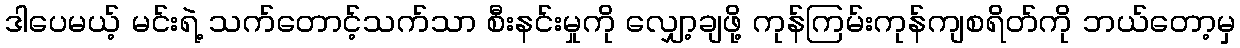
ဒါပေမယ့် မင်းရဲ့ သက်တောင့်သက်သာ စီးနင်းမှုကို လျှော့ချဖို့ ကုန်ကြမ်းကုန်ကျစရိတ်ကို ဘယ်တော့မှ